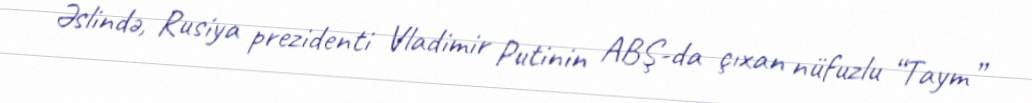
Əslində, Rusiya prezidenti Vladimir Putinin ABŞ-da çıxan nüfuzlu “Taym”